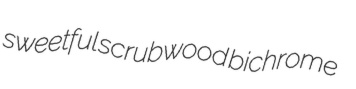
sweetful scrubwood bichrome